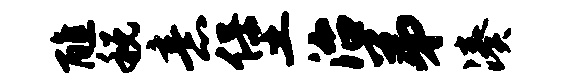
醮税意堡治弟凑